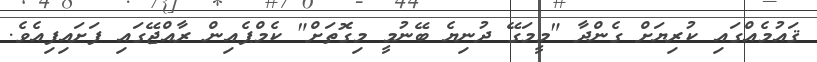
ޤައުމެއްގައި ކުރިޔަށް ގެންދާ "މީމަގޭ ދުނިޔެ ބޭނުމީ މިގޮތަށް" ކެމްޕެއިން ރާއްޖޭގައި ފަށައިފިއެވެ.